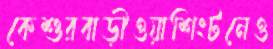
কেশুরবাড়ীওয়াশিংটনেও